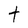
Character: t